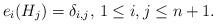
LaTeX: \begin{align*} e_i(H_j) = \delta_{i,j}, \, 1\le i,j\le n+1.\end{align*}